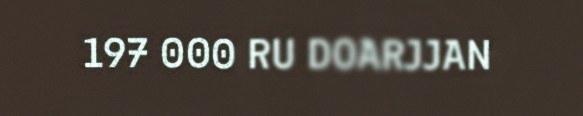
197 000 RU DOARJJAN